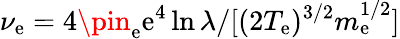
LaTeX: \nu_{\mathrm{e}}=4\pin_{\mathrm{e}}\mathrm{e}^{4}\ln\lambda/[(2T_{\mathrm{e}})^{3/2}m_{\mathrm{e}}^{1/2}]